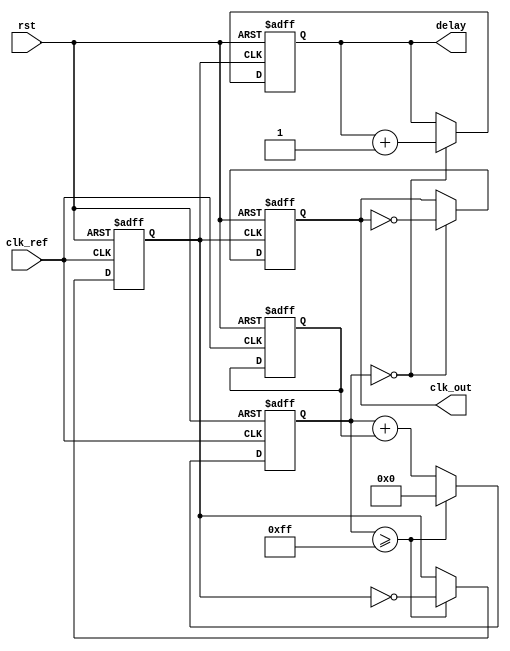
module adpll (
    input wire clk_ref,       // Reference clock input
    input wire rst,           // Reset signal
    output reg clk_out,       // Output clock
    output reg [7:0] delay    // Memory block (delay) output
);

// Parameters
parameter PHASE_ADJ_GAIN = 1; // Gain for phase adjustment
parameter LOOP_GAIN = 4;       // Loop filter gain

// Internal signals
reg [7:0] phase_error;         // Phase error signal
reg [7:0] loop_filter_out;     // Output of the loop filter
reg [7:0] dco_count;           // DCO counter
reg [7:0] dco_tune;            // DCO tuning value
reg clk_dco;                   // DCO output clock

// Phase Detector
always @(posedge clk_ref or posedge rst) begin
    if (rst) begin
        phase_error <= 0;
    end else begin
        // Assuming simple XOR phase detector
        phase_error <= (clk_ref ^ clk_out) ? 1 : 0;
    end
end

// Loop Filter (Simple Integral Filter)
always @(posedge clk_ref or posedge rst) begin
    if (rst) begin
        loop_filter_out <= 0;
    end else begin
        // Integrate phase error (simple I-filter)
        loop_filter_out <= loop_filter_out + (phase_error * LOOP_GAIN);
    end
end

// Digital Controlled Oscillator (DCO)
always @(posedge clk_ref or posedge rst) begin
    if (rst) begin
        dco_count <= 0;
        dco_tune <= 8'd128; // Initial tuning value
        clk_dco <= 0;
    end else begin
        // Increment DCO counter based on loop filter output
        dco_count <= dco_count + dco_tune;
        
        // Toggle clk_dco at the appropriate intervals
        if (dco_count >= 255) begin
            clk_dco <= ~clk_dco;
            dco_count <= 0;
        end
    end
end

// Frequency Divider
always @(posedge clk_dco or posedge rst) begin
    if (rst) begin
        clk_out <= 0;
        delay <= 0;
    end else begin
        // Simple binary divider
        if (dco_count == 0) begin
            clk_out <= ~clk_out;
            delay <= delay + 1; // Update delay value
        end
    end
end

endmodule